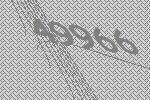
49966